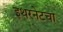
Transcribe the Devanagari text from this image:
इथरनेटचा